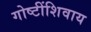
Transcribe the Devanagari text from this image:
गोष्‍टींशिवाय